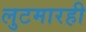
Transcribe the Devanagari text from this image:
लुटमारही